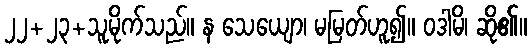
၂၂+၂၃+သူမိုက်သည်။ န သေယျော၊ မမြတ်ဟူ၍။ ဝဒါမိ၊ ဆို၏။